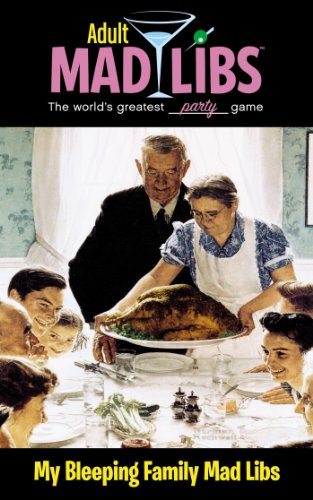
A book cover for My Bleeping Family Mad Libs (Adult Mad Libs); Molly Reisner; Humor & Entertainment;